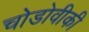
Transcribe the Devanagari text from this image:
चोडोवीकी